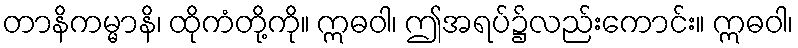
တာနိကမ္မာနိ၊ ထိုကံတို့ကို။ ဣဓဝါ၊ ဤအရပ်၌လည်းကောင်း။ ဣဓဝါ၊